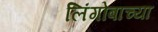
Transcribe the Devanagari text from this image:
लिंगोबाच्या